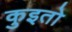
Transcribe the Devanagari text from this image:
कुइतो